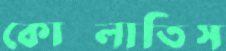
কোদ্‌লাতিস